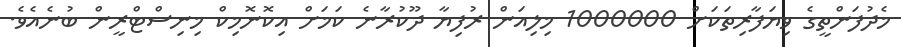
މެދުފަންތީގެ ވިޔަފާރިތަކަށް 1000000 މިލިއަން ރުފިޔާ ދޫކުރާނެ ކަމަށް އިކޮނޮމިކް މިނިސްޓްރީން ބުނެއެވެ.